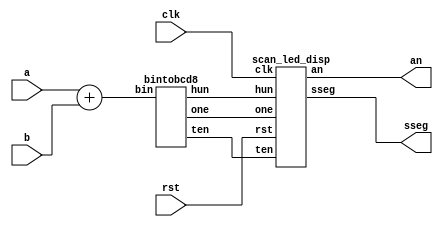
module seg_disp(
      input [6:0] a,b,
      input clk, rst,                   
      output  [6:0] sseg,
      output  [7:0] an
      );
      wire [3:0] one,ten,hun;
      wire [7:0] sum;                  
      assign sum = {1'b0,a}+{1'b0,b};

      bintobcd8 bintobcd8_1(
         .bin(sum),
         .one(one),
         .ten(ten),
         .hun(hun)
         );
         
      scan_led_disp scan_led_disp_1(
         .clk(clk),
         .rst(rst), 
         .one(one),
         .ten(ten),
         .hun(hun),
         .an(an), 
         .sseg(sseg)
         ); 
endmodule
/////////////////////////////////////////////////////////////

module bintobcd8(
       input [7:0] bin,      
       output [3:0] one,ten,hun
       );
       ////////////////////////////////////////////// 
       integer k;
       reg [3:0] ones;
       reg [3:0] tens;
       reg [3:0] hundreds;
       always@(*)
       begin
           ones = 4'd0;
           tens = 4'd0;
           hundreds = 4'd0;
           for(k=7;k>=0;k=k-1)
           begin
                   if(ones >= 4'd5)   ones = ones + 4'd3;
                   if(tens >= 4'd5)   tens = tens + 4'd3;
                   if(hundreds >= 4'd5)  hundreds = hundreds + 4'd3;
                   hundreds = {hundreds[2:0],tens[3]};
                   tens     = {tens[2:0],ones[3]};
                   ones     = {ones[2:0],bin[k]};
           end
        end
        assign {hun,ten,one}={hundreds,tens,ones};   
endmodule
/////////////////////////////////////////////////// 
module scan_led_disp(
   input clk,
   input rst, 
   input [3:0] one,ten,hun,
   output reg [7:0] an, 
   output reg [6:0] sseg
   ); 
   localparam N = 16;
   reg [N-1:0] cnt;  
   reg [3:0] hex;  
   
   always @(posedge clk,posedge rst) 
   begin 
     if(rst) begin
       cnt <= 0; 
       hex <= 4'd10;
       end
     else begin
       cnt <= cnt + 1; 
       case(cnt[N-1:N-2]) 
           2'b00:begin
                hex <= one;
                an <= 8'b11111110;
                end
           2'b01:begin
                hex <= ten;
                an <= 8'b11111101;
                end
           default: begin
                hex <= hun;
                an <= 8'b11111011;
                end  
       endcase 
     end
   end
   always@ (*)
      case(hex)
        4'h0: sseg[6:0] = 7'b0000001;
        4'h1: sseg[6:0] = 7'b1001111;
        4'h2: sseg[6:0] = 7'b0010010;
        4'h3: sseg[6:0] = 7'b0000110;
        4'h4: sseg[6:0] = 7'b1001100;
        4'h5: sseg[6:0] = 7'b0100100;
        4'h6: sseg[6:0] = 7'b0100000;
        4'h7: sseg[6:0] = 7'b0001111;
        4'h8: sseg[6:0] = 7'b0000000;
        4'h9: sseg[6:0] = 7'b0000100;
        default:
              sseg[6:0] = 7'b1111111;
      endcase
endmodule